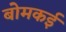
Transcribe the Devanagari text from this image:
बोमकई